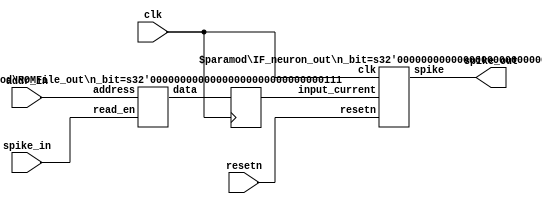
module output_neuron(spike_in, clk, resetn, spike_out, addr_in);
parameter data_bit = 7;

input spike_in;
input clk, resetn;
output spike_out;
input [2:0] addr_in;

wire [2:0] ROM_address;
assign ROM_address = addr_in;

wire enable;

wire [data_bit:0] ROM_out;
reg [data_bit:0] IF_in;

IF_neuron_out IF0 (.clk(clk), .resetn(resetn), .input_current(IF_in), .spike(spike_out));
defparam IF0.n_bit = data_bit;

ROMFile_out ROM0 (.address(ROM_address), .data(ROM_out), .read_en(enable));
defparam ROM0.n_bit = data_bit;

assign enable = spike_in;

always @ ( posedge clk ) begin
  IF_in <= ROM_out;
end

endmodule



module ROMFile_out( address , data , read_en);
parameter n_bit = 7;
input [2:0] address;
output [n_bit:0] data;
input read_en;
reg [n_bit:0] mem [0:7] ;
assign data = read_en ? mem[address] : 0;

endmodule



module IF_neuron_out(clk, resetn, input_current, spike);
parameter n_bit = 7;
parameter theta = 10'b001110000;
parameter max_bit = 10;

input clk, resetn;
input [n_bit:0]input_current;
output spike;

wire [max_bit:0] add_out;
wire overflow;
reg [max_bit:0] membrane_potential;
wire threshold_enable;

assign {overflow,add_out} = resetn ? 0 : (membrane_potential + input_current);
assign spike = (membrane_potential > theta);

always@(posedge clk) begin
    if (resetn | spike) begin
      membrane_potential <= 0;
    end
    else
      membrane_potential <= add_out;
end

endmodule